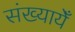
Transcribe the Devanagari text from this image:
संख्यायेँ